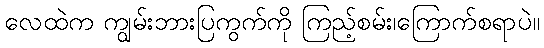
လေထဲက ကျွမ်းဘားပြကွက်ကို ကြည့်စမ်း၊ကြောက်စရာပဲ။